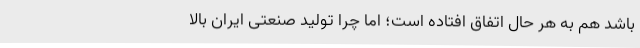
باشد هم به هر حال اتفاق افتاده است؛ اما چرا تولید صنعتی ایران بالا